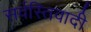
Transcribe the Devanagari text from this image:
सर्वस्तिवादी